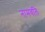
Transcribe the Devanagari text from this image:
नामवलि